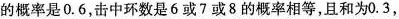
的概率是0.6，击中环数是6或7或8的概率相等，且和为0.3，